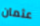
عثمان